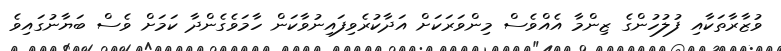
ވުޒާރާތަކާއި ފުލުހުންގެ ޒިންމާ އެއްވެސް މިންވަރަކަށް އަދާކުރެވިފައިނުވާކަން ހާމަވެގެންދާ ކަމަށް ވެސް ބަޔާނުގައިވެ